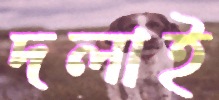
দলাই